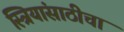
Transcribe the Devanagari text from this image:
स्त्रियांसाठीचा